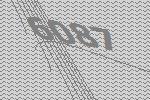
6087